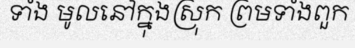
ទាំង មូលនៅក្នុងស្រុក ព្រមទាំងពួក